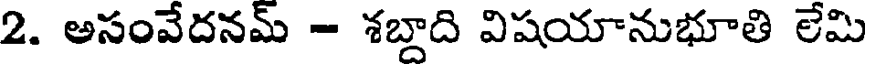
2. అసంవేదనమ్ - శబ్దాది విషయానుభూతి లేమి